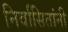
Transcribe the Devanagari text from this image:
निर्वासितांनी